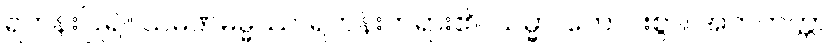
ရဟန်းပြု၍။ သမဏဓမ္မဿ၊ ရဟန်းတရား၏။ သမ္မာ၊ ကောင်းစွာ။ အကတတ္တာ၊